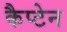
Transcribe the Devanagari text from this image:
कैप्‍टेन